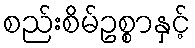
စည်းစိမ်ဥစ္စာနှင့်